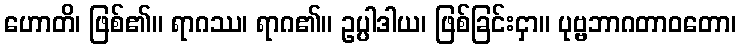
ဟောတိ၊ ဖြစ်၏။ ရာဂဿ၊ ရာဂ၏။ ဥပ္ပါဒါယ၊ ဖြစ်ခြင်းငှာ။ ပုဗ္ဗဘာဂတာဝတော၊